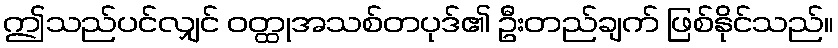
ဤသည်ပင်လျှင် ဝတ္ထုအသစ်တပုဒ်၏ ဦးတည်ချက် ဖြစ်နိုင်သည်။